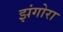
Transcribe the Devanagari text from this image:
झंगोरा